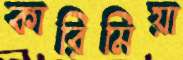
কারিমিয়া